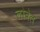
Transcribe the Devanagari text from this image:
लोबेल